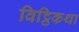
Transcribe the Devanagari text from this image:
विट्ठिकथा